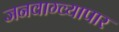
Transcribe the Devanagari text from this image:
जनवाग्व्यापार